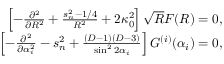
\begin{array} { r l r } & { } & { \left[ - \frac { \partial ^ { 2 } } { \partial R ^ { 2 } } + \frac { s _ { n } ^ { 2 } - 1 / 4 } { R ^ { 2 } } + 2 \kappa _ { 0 } ^ { 2 } \right] \sqrt { R } F ( R ) = 0 , } \\ & { } & { \left[ - \frac { \partial ^ { 2 } } { \partial \alpha _ { i } ^ { 2 } } - s _ { n } ^ { 2 } + \frac { ( D - 1 ) ( D - 3 ) } { \sin ^ { 2 } 2 \alpha _ { i } } \right] G ^ { ( i ) } ( \alpha _ { i } ) = 0 , } \end{array}